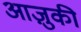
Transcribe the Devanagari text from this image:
आज़ुकी